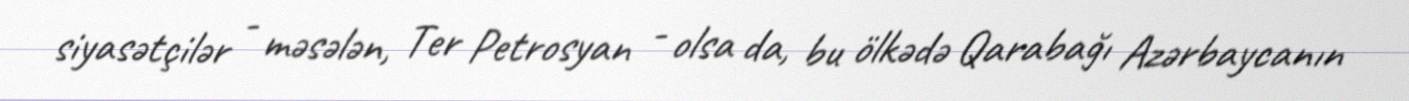
siyasətçilər - məsələn, Ter Petrosyan - olsa da, bu ölkədə Qarabağı Azərbaycanın